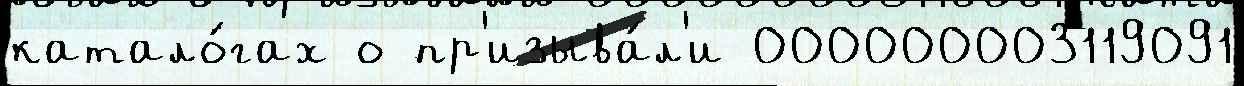
катало́гах о пр'изыва́л'и 000000003119091